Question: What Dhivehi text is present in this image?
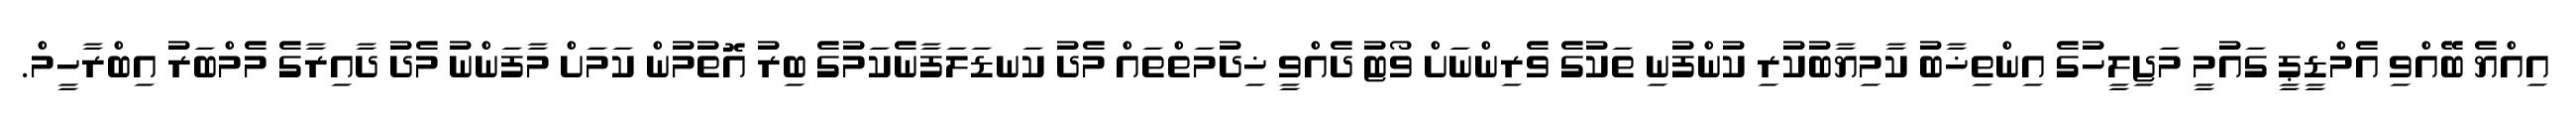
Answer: އިއްޔެ ބޭއްވި އެމްޑީޕީ ގައުމީ މަޖިލީހުގެ އިންތިޚާބު ކާމިޔާބުކުރި ކުންފުނި ތަކުގެ ވެރިންނަށް ވޯޓު ދެއްވީ ޚިދުމަތްތައް މެދު ކަނޑަލަފާނެކަމުގެ ބިރު އޮތުމުން ކަމަށް މާފަންނު މެދު ދާއިރާގެ މެމްބަރު އިބްރާހީމް.